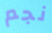
نجم